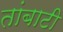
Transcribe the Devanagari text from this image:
तांबाटी